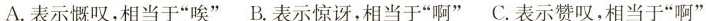
A.表示慨叹，相当于”唉” B.表示惊讶，相当于”啊” C.表示赞叹，相当于”啊”